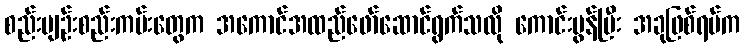
စည်းမျဉ်းစည်းကမ်းတွေက အကောင်အထည်ဖော်ဆောင်ရွက်သလို ကောင်းမွန်ပြီး အခုဖြစ်ရပ်က